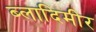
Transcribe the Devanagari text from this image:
ब्लादिमीर